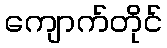
ကျောက်တိုင်